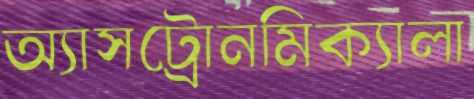
অ্যাসট্রোনমিক্যালা